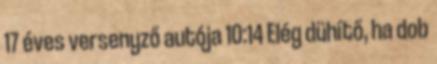
17 éves versenyző autója 10:14 Elég dühítő, ha dob